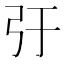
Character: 弙